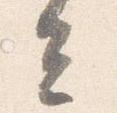
去